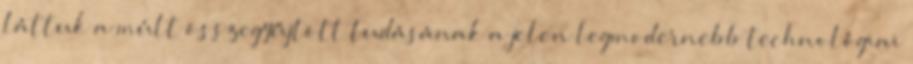
láttuk a múlt összegyűjtött tudásának a jelen legmodernebb technológiai